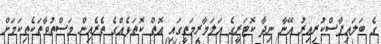
ގެ ބަލައިފާސްކުރިއިރު އޭނާ ނިދާ ކޮޓަރީގެ އަލަމާރިމަތީގައި އޮތް ކޮތަޅެއްގެ ތެރެއިން މަސްތުވާތަކެތިކަމަށް